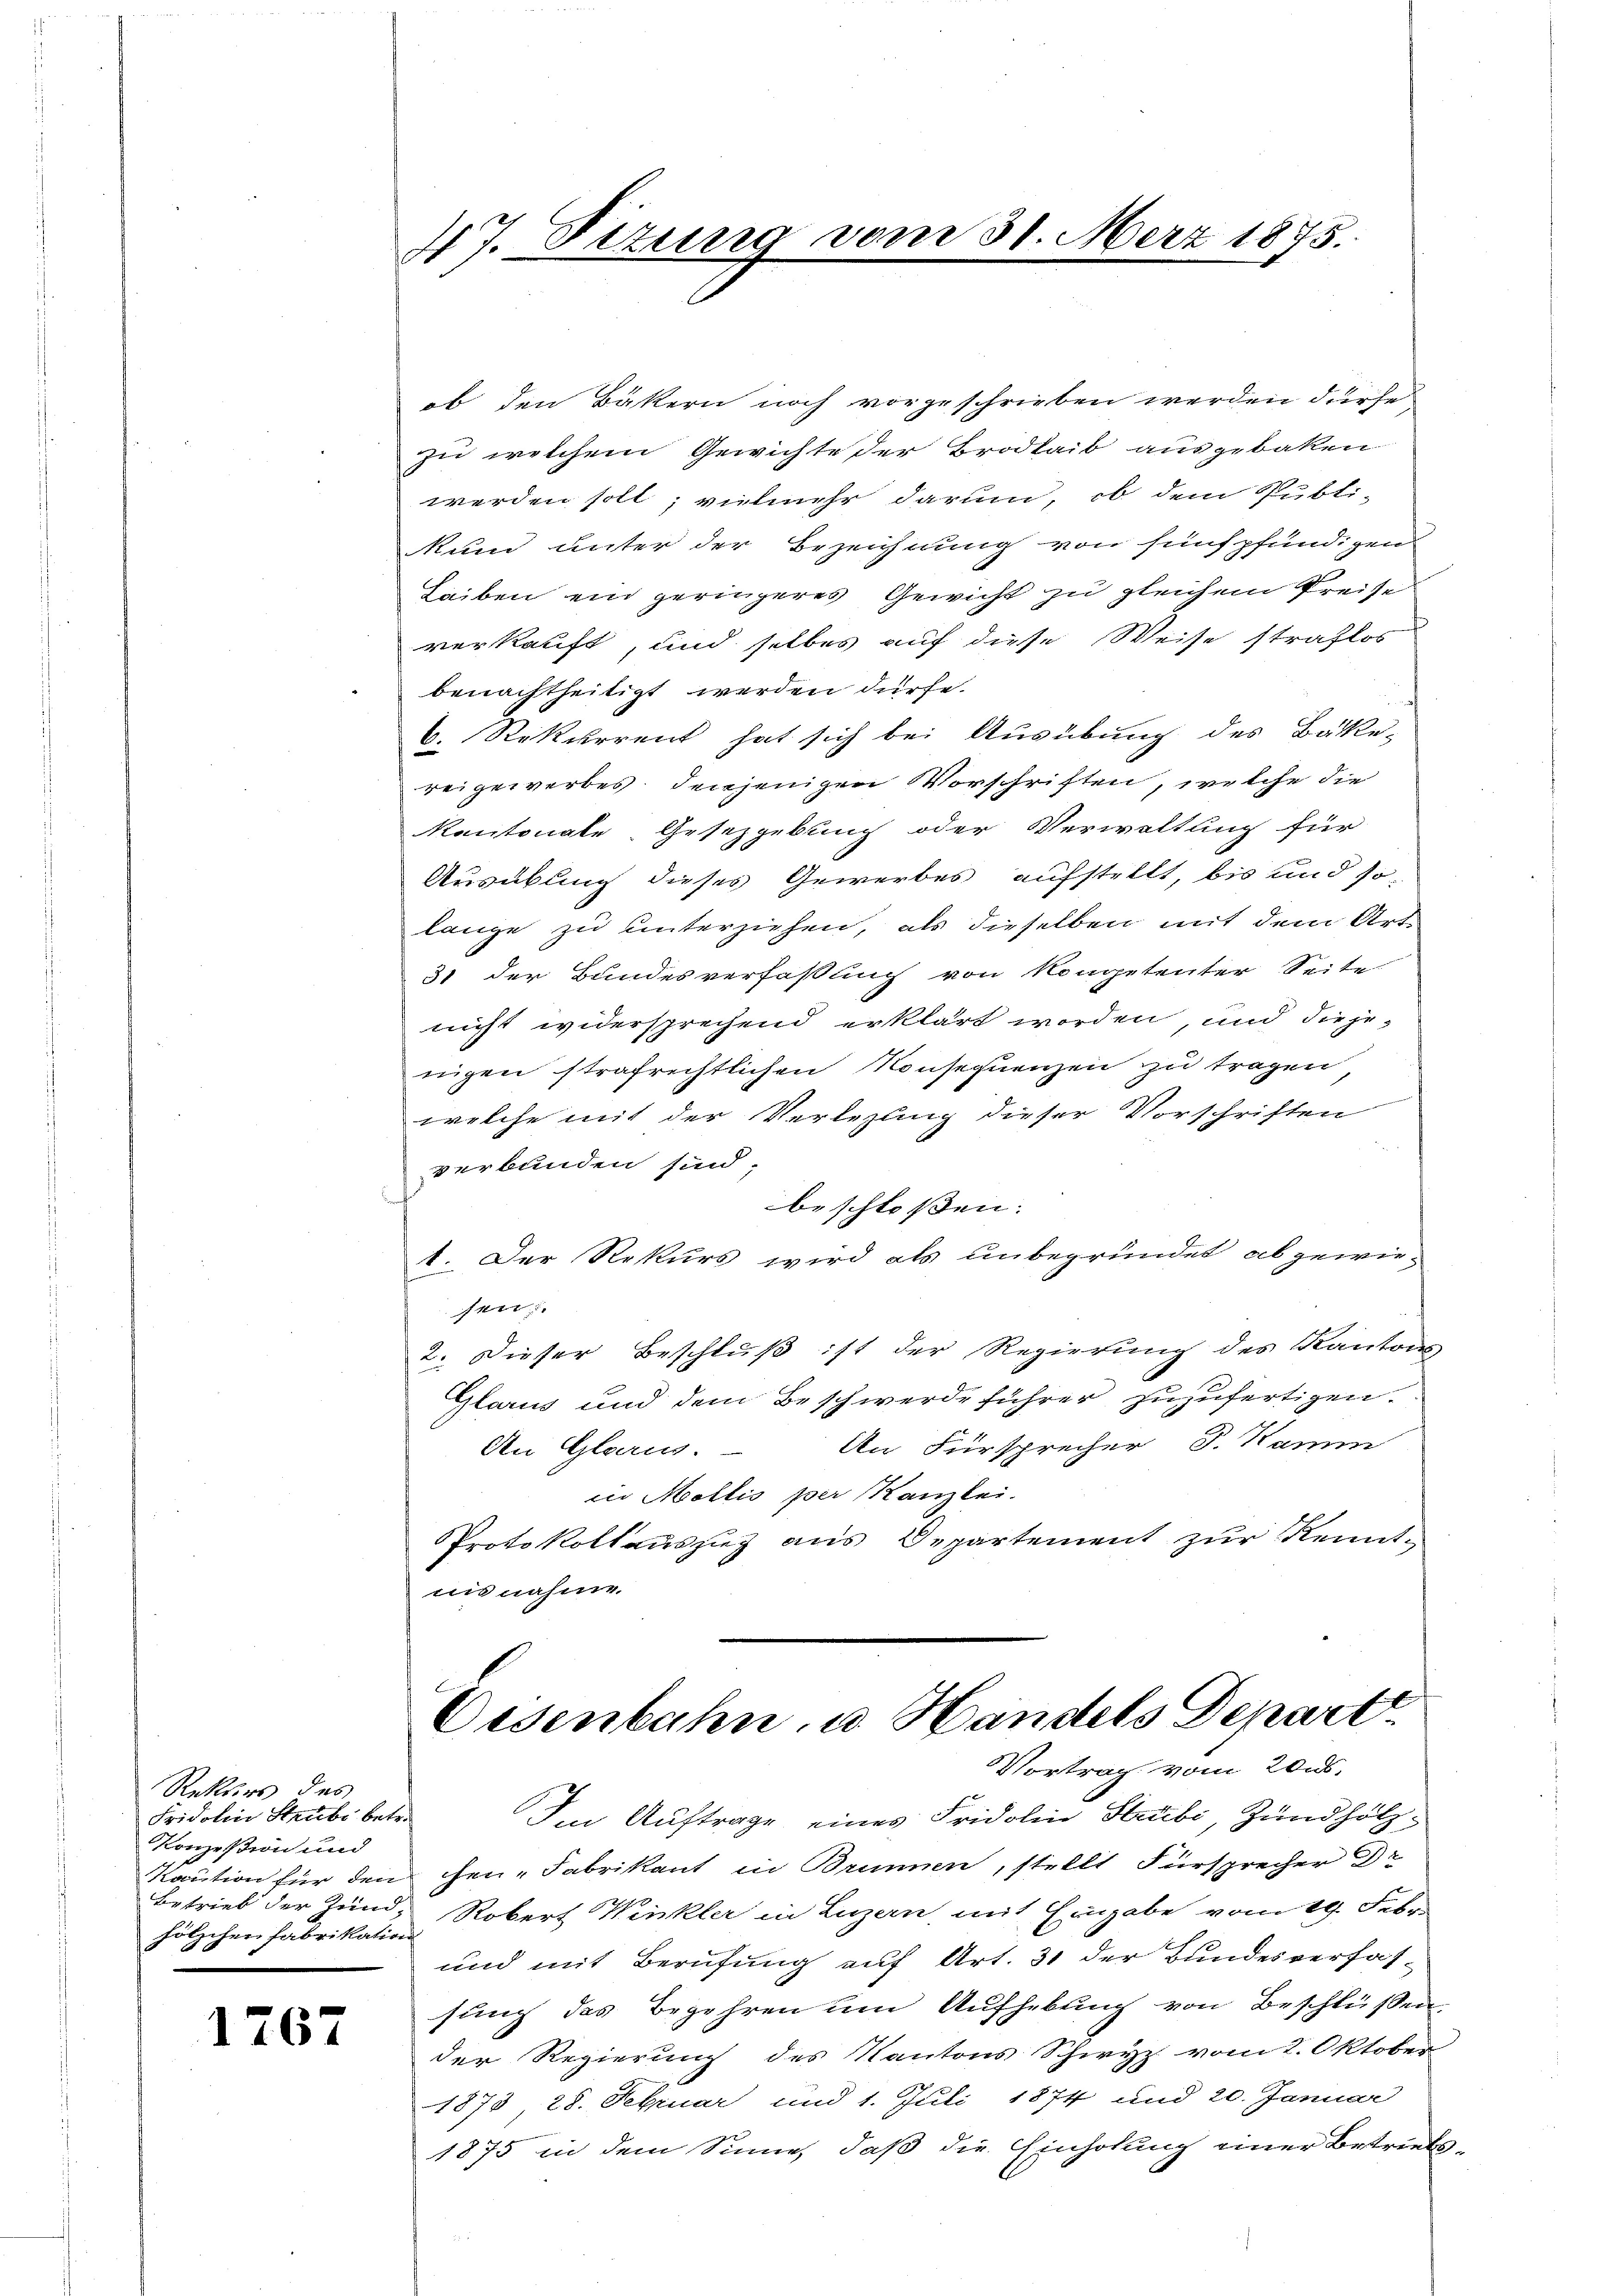
Rekurs des
Fridolin Staube betr.
Konzesion und
Kaution für den
hölzchen Fabrikation

1767

47. Dezung vom 31. März 1875.

ob den Bäkern noch vorgeschrieben werden dürfe
zu welchem Gewichte der Brodhait ausgebaken
werden soll; vielmehr darum, ob dem Publi-
kund unter der Bezeichnung von fünfpfündigen
Leiben ein geringeres Gewicht zu gleichem Preise
verkauft, und selbes auf diese Weise straflos
benachtheitigt werden dürfe.
6. Rekurrent hat sich bei Ausübung des Bäcke-
reigeworbes, denjenigen Vorschriften, welche die
kantonale Gesetzgebung oder Verwaltung für
Ausübling dieses Gewerbes aufstellt, bis und so-
lange zu unterziehen, als dieselben mit dem Art.
31 der Bundesverfaßung von Kompetenter Seite
nicht widersprechend erklärt worden, und diejenigen strafrechtlichen Konsequenzen zu tragen,
welche mit der Verlegung dieser Vorschriften
verbunden sind.
beschloßen:
1. Der Rekurs wird als unbegründet abgewie-
sen.
2. Dieser Beschluß ist der Regierung des Kantons-
Glarus und dem Beschwerde führer zuzufertigen.
An Fürsprecher J. Kamm
An Glarus.
in Mollis per Kanzlei.
Protokollauszug aus Departement zŭr Kennt-
nis nahme.

Eisenbahn, u. Handels Depart
Vortrag vom 20. ds.

Im Auftrage eines Fridolin Strubi, Zündhölzchen-Fabrikant in Brunnen, stellt Fürsprecher Dr
Betrieb der Zund, Robert Winkler in Luzern, mit Eingabe vom 19. Febr.
und mit Berufung auf Art. 31 der Bundesverfassung des Begehren um Aufhebung von Beschlüssen,
der Regierung des Kantons Schwyz vom 2. Oktober
1873 28. Februar und 1. Juli 1874 und 20. Januar
1875 in dem Sinne, daß die Einholung einer Betriebs¬